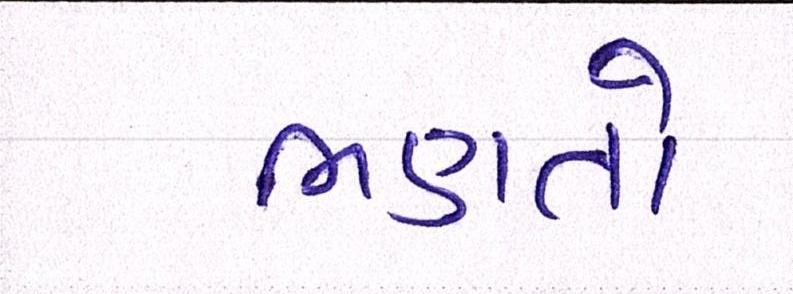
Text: ભણતો